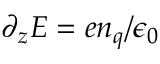
\partial _ { z } E = e n _ { q } / \epsilon _ { 0 }